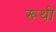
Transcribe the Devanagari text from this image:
रूथी